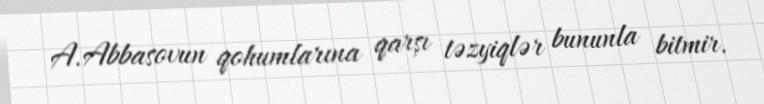
A.Abbasovun qohumlarına qarşı təzyiqlər bununla bitmir.